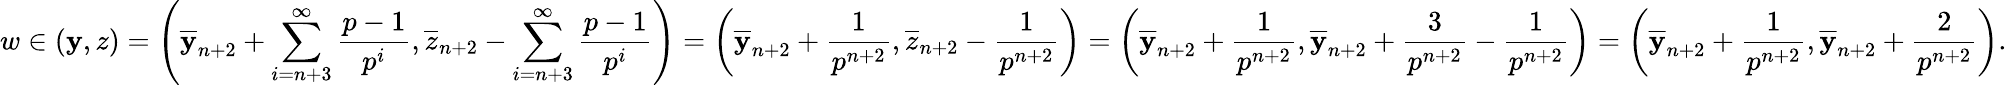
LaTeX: w\in(\mathbf{y},z)=\left(\overline{{{\mathbf{y}}}}_{n+2}+\sum_{i=n+3}^{\infty}\frac{{p-1}}{{p^{i}}},\overline{{{z}}}_{n+2}-\sum_{i=n+3}^{\infty}\frac{{p-1}}{{p^{i}}}\right)=\left(\overline{{{\mathbf{y}}}}_{n+2}+\frac{{1}}{{p^{n+2}}},\overline{{{z}}}_{n+2}-\frac{{1}}{{p^{n+2}}}\right)=\left(\overline{{{\mathbf{y}}}}_{n+2}+\frac{{1}}{{p^{n+2}}},\overline{{{\mathbf{y}}}}_{n+2}+\frac{{3}}{{p^{n+2}}}-\frac{{1}}{{p^{n+2}}}\right)=\left(\overline{{{\mathbf{y}}}}_{n+2}+\frac{{1}}{{p^{n+2}}},\overline{{{\mathbf{y}}}}_{n+2}+\frac{{2}}{{p^{n+2}}}\right).